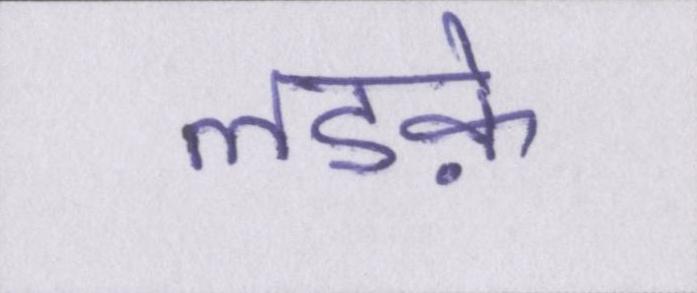
लडक़े